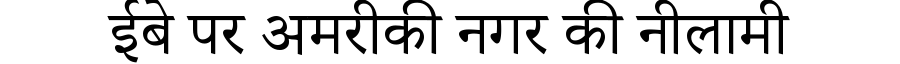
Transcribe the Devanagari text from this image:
ईबे पर अमरीकी नगर की नीलामी